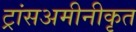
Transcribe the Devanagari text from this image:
ट्रांसअमीनीकृत